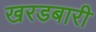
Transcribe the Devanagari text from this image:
खरडबारी